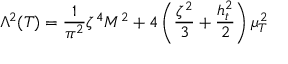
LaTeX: \Lambda ^ { 2 } ( T ) = \frac { 1 } { \pi ^ { 2 } } \zeta ^ { 4 } M ^ { 2 } + 4 \left( \frac { \zeta ^ { 2 } } { 3 } + \frac { h _ { t } ^ { 2 } } { 2 } \right) \mu _ { T } ^ { 2 }